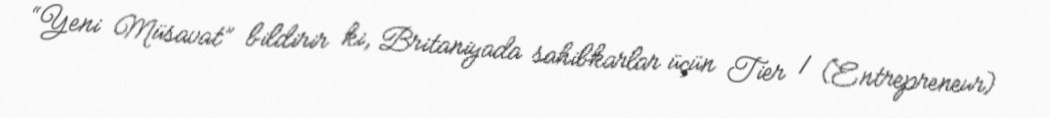
“Yeni Müsavat” bildirir ki, Britaniyada sahibkarlar üçün Tier 1 (Entrepreneur)